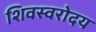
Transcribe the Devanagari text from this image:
शिवस्वरोदय